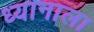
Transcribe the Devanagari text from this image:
ध्यानाला